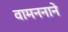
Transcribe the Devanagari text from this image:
वामननाने